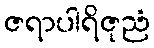
ဇရာပါရိဇုညံ